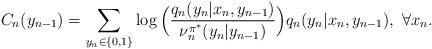
LaTeX: \begin{align*}C_n(y_{n-1})=\sum_{y_n\in\{0,1\}}\log\Big(\frac{q_n(y_n|x_n,y_{n-1})}{\nu^{\pi^*}_n(y_n|y_{n-1})}\Big)q_n(y_n|x_n,y_{n-1}),~\forall{x_n}.\end{align*}